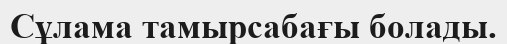
Сұлама тамырсабағы болады.